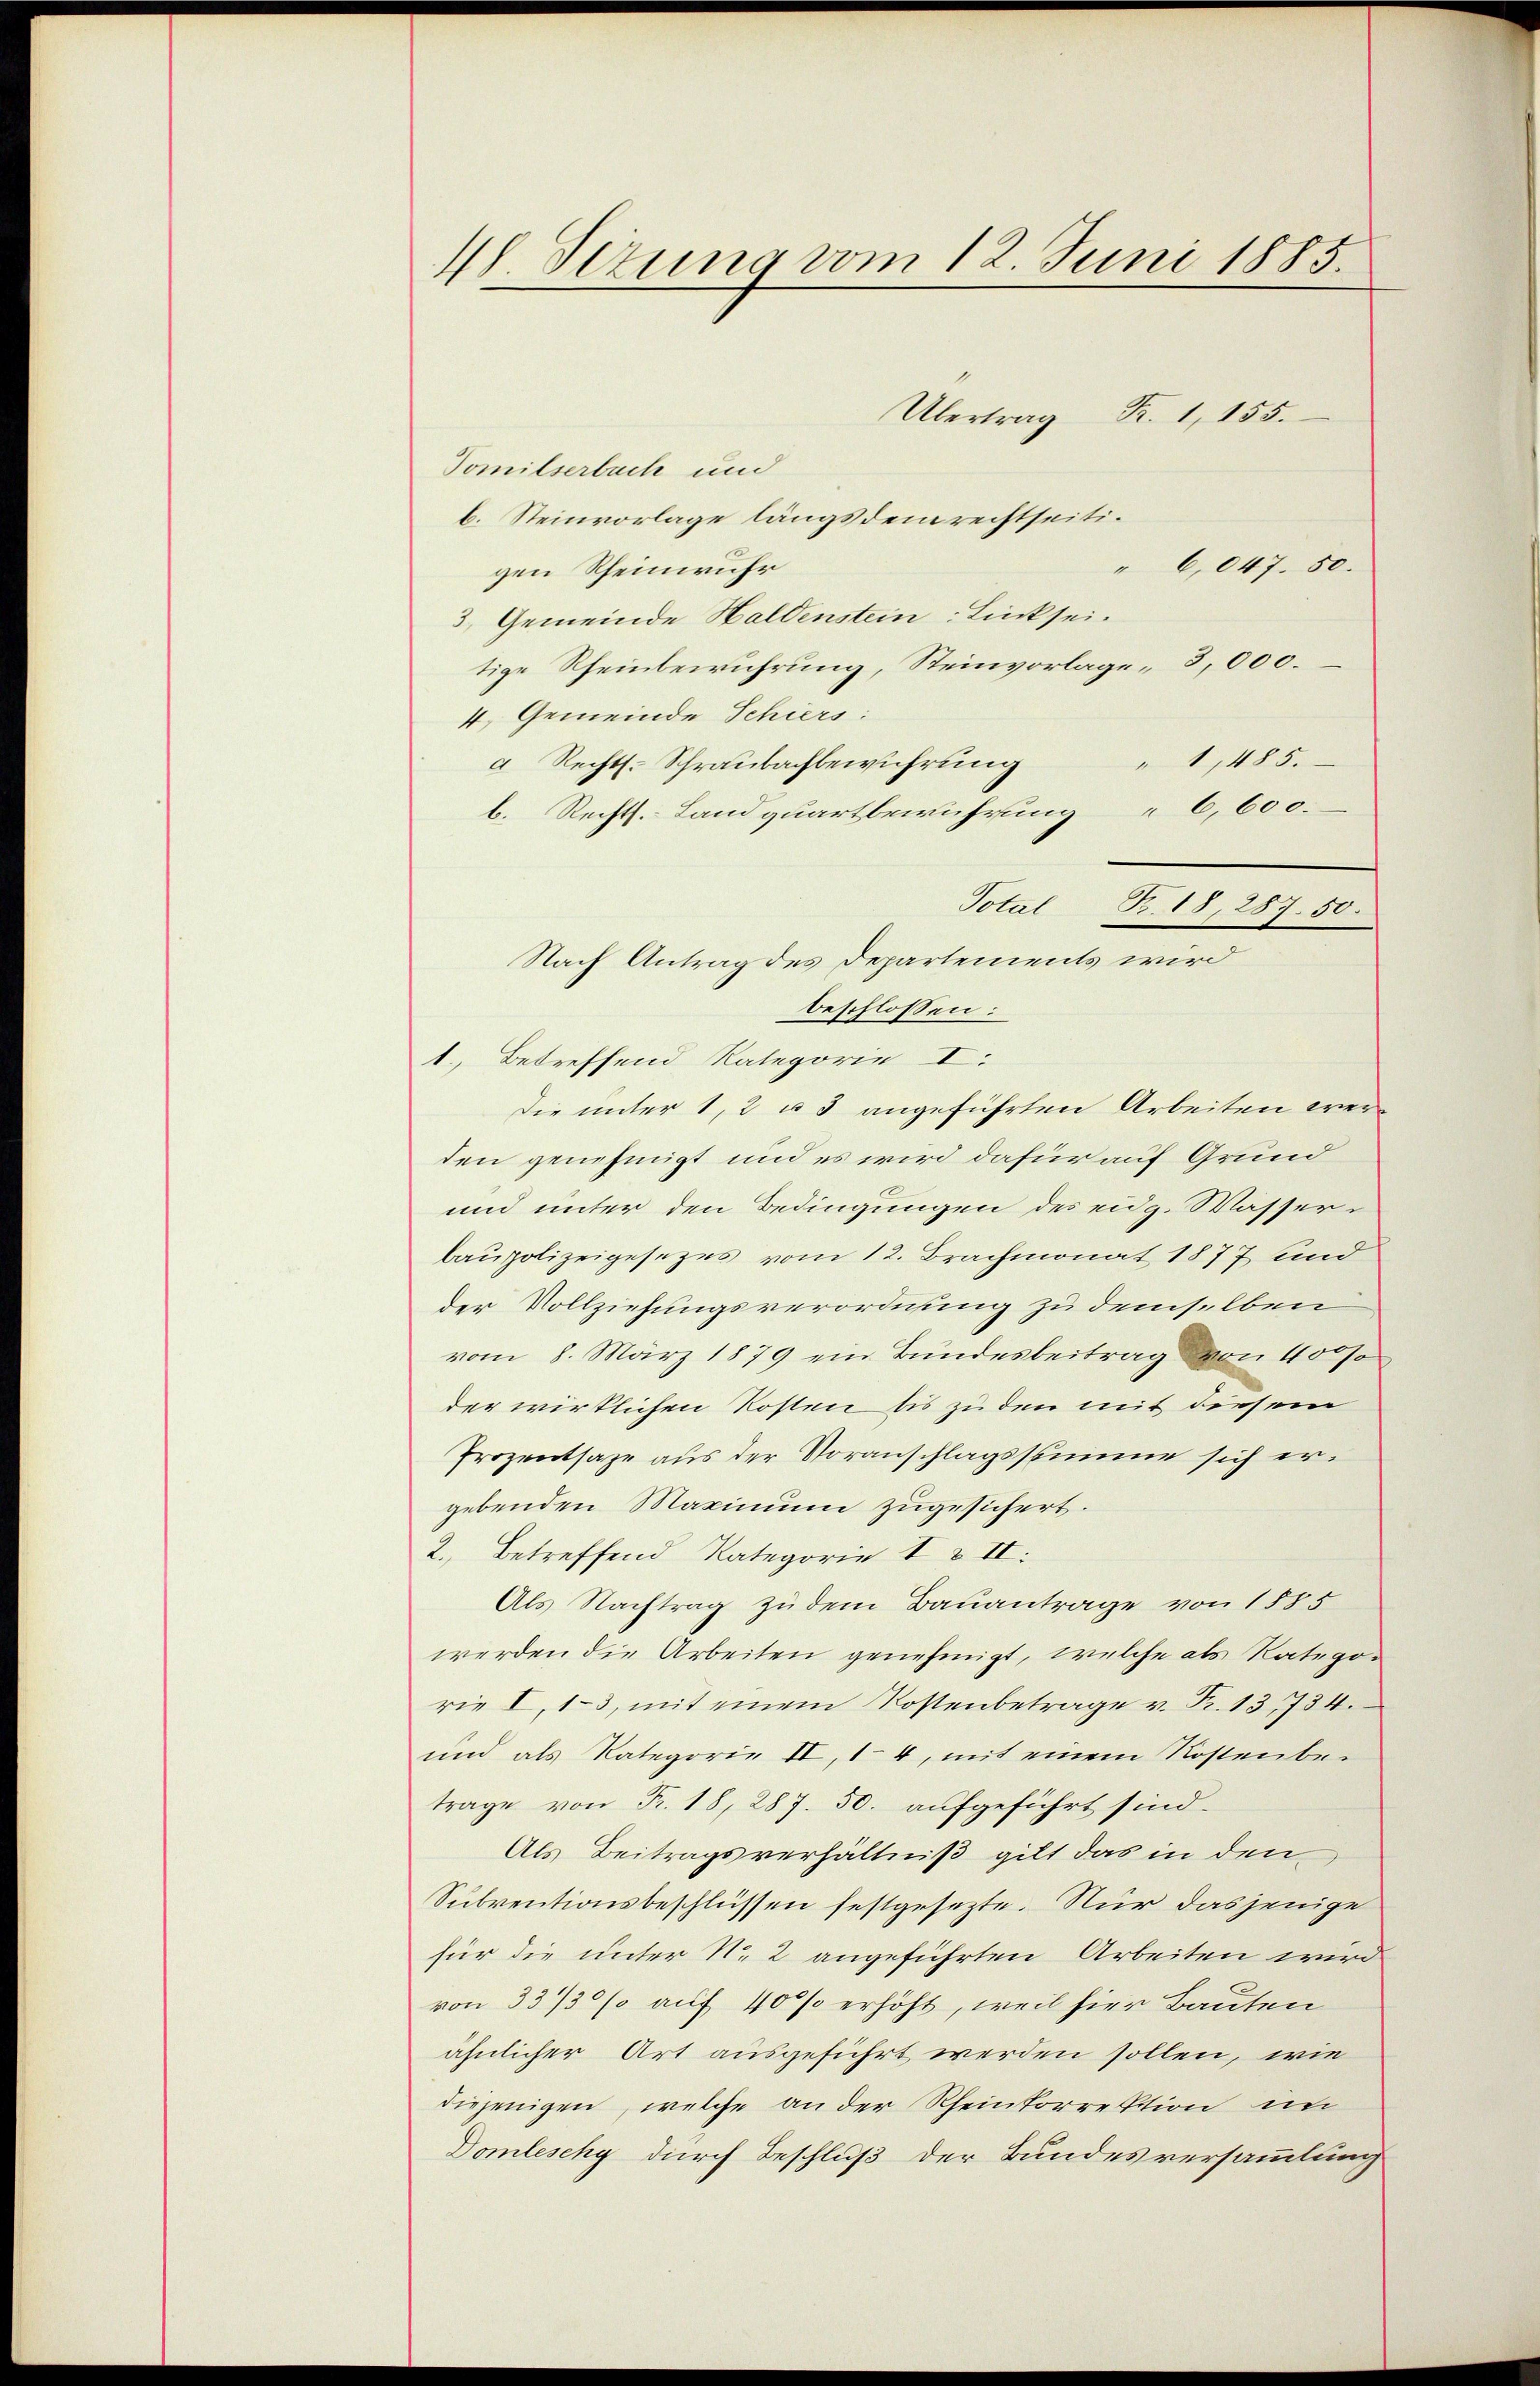
4 Sizung vom 12. Juni 1885.

Übertrag Fr. 1,155.
Tomilserbach und
b. Steinvorlage längs dem rechtseiti¬
" 6,047. 50.
gen Rheinwuhr
3. Gemeinde Haldenstein Linkseitige Rheinberührung, Steinvorlage 3,000.
4. Gemeinde Schiers:
" 1,485.
a Rechts. Schraubachbewuhrung
b. Rechts. Landquartbewuhrung "6,600.
Nach Antrag des Departements wird
beschlossen:
1.) Betreffend Kategorie I.
die unter 1, 2 u 3 angeführten Arbeiten werden genehmigt und es wird dafür auf Grund
und unter den Bedingungen des eidg. Wasserbaupolizeigesezes vom 12. Brachmonat 1877 und
der Vollziehungsverordnung zu demselben
vom 8. März 1879 ein Bundesbeitrag von 400 f
der wirklichen Kosten bis zu den mit diesem
Prozentsage aus der Voranschlagssumme sich ergebenden Maximum zugesichert.
2. Betreffend Rategorie I & II:
Als Nachtrag zu dem Bauantrage von 1885
werden die Arbeiten genehmigt, welche als Ratego-
rie I,1-3, mit einem Kostenbetrage v. R. 13, 734.
und als Kategorie II, 14, mit einem Kostenbe-
trage von Fr. 18, 287. 50. aufgeführt sind.
Als Beitragsverhältniß gilt das in den
Subventionsbeschlüssen festgesezte. Nur dasjenige
für die unter N. 2 angeführten Arbeiten wird
von 33/3% auf 40 % erhöht, weil hier Bauten
ähnlicher Art ausgeführt werden sollen, wie
diejenigen, welche an der Rheinkorrektion im
Domleschy durch Beschluß der Bundesversammlung

Total Br. 18, 287. 50.